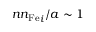
{ { n n _ { \mathrm { F e } } } _ { i } } / a \sim 1